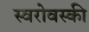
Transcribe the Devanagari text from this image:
स्वरोवस्की